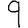
Digit: 9